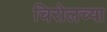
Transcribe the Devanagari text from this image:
चिरोलच्या